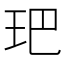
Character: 鿱